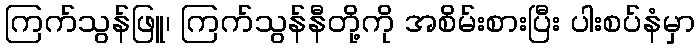
ကြက်သွန်ဖြူ၊ ကြက်သွန်နီတို့ကို အစိမ်းစားပြီး ပါးစပ်နံမှာ